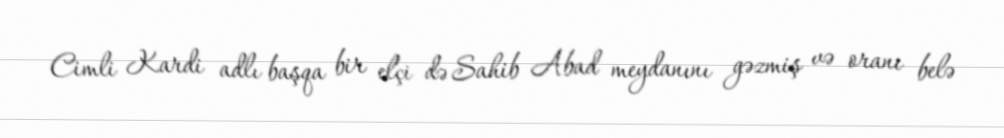
Cimli Kardi adlı başqa bir elçi də Sahib Abad meydanını gəzmiş və oranı belə